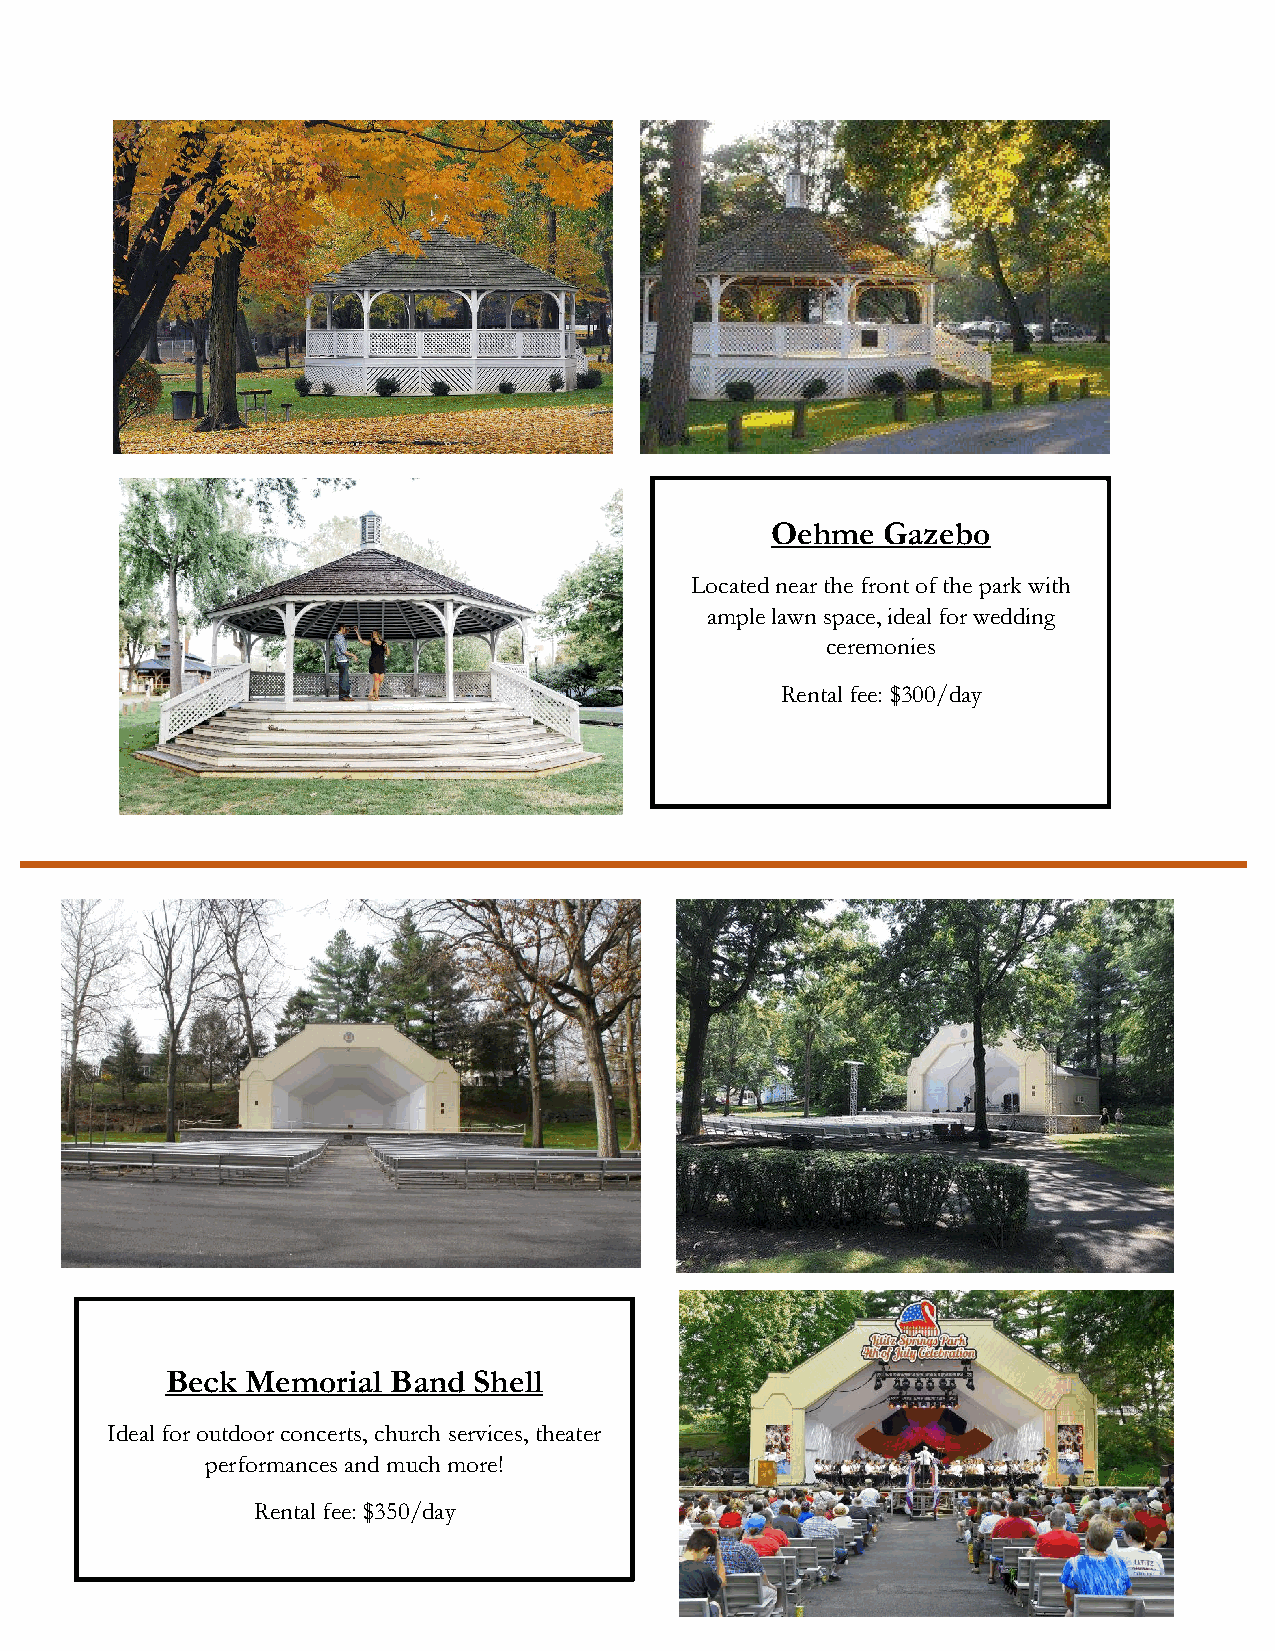
Oehme  Gazebo
 Located near the front of the park with
 ample lawn space, ideal for wedding
 ceremonies
 Rental fee: $300/day
 Beck Memorial  Band Shell
 Ideal for outdoor concerts, church services, theater
 performances and much more!
 Rental fee: $350/day